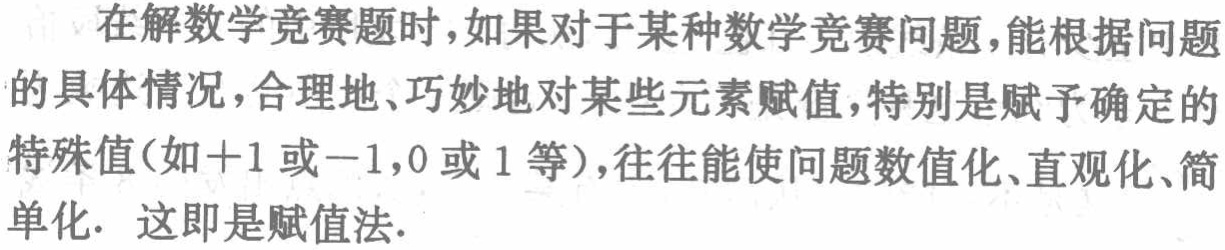
在解数学竞赛题时，如果对于某种数学竞赛问题，能根据问题的具体情况，合理地、巧妙地对某些元素赋值，特别是赋予确定的特殊值(如\(+1\)或\(-1\)，\(0\)或\(1\)等)，往往能使问题数值化、直观化、简单化. 这即是赋值法.